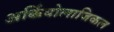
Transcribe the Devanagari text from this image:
अर्कियोलाजिकल